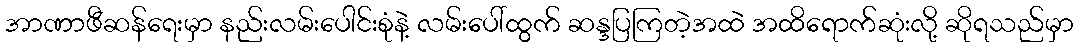
အာဏာဖီဆန်ရေးမှာ နည်းလမ်းပေါင်းစုံနဲ့ လမ်းပေါ်ထွက် ဆန္ဒပြကြတဲ့အထဲ အထိရောက်ဆုံးလို့ ဆိုရသည်မှာ